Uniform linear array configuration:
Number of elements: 8
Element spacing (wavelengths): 1
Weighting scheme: hamming
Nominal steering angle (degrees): -30
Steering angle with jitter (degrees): -30.777
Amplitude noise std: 0.05
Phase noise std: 0.05

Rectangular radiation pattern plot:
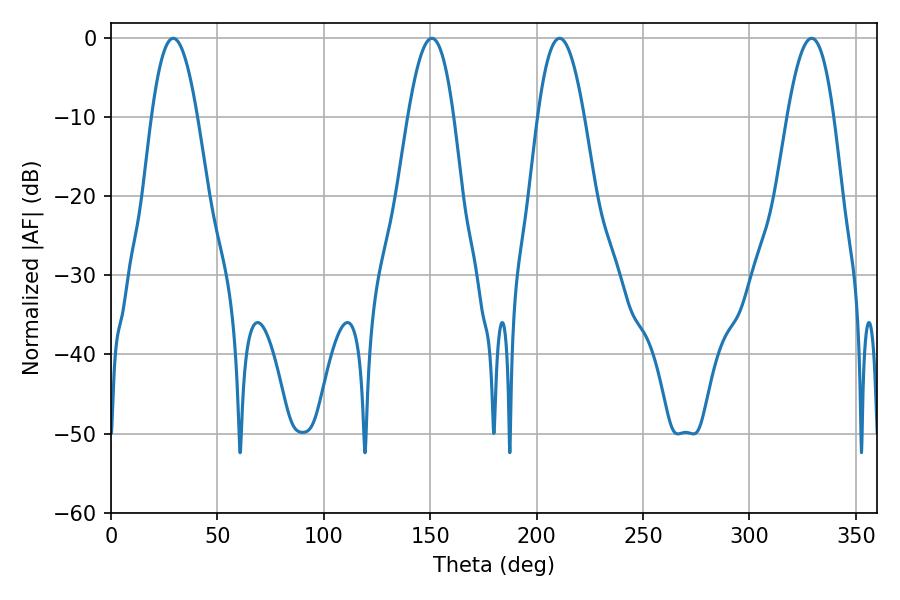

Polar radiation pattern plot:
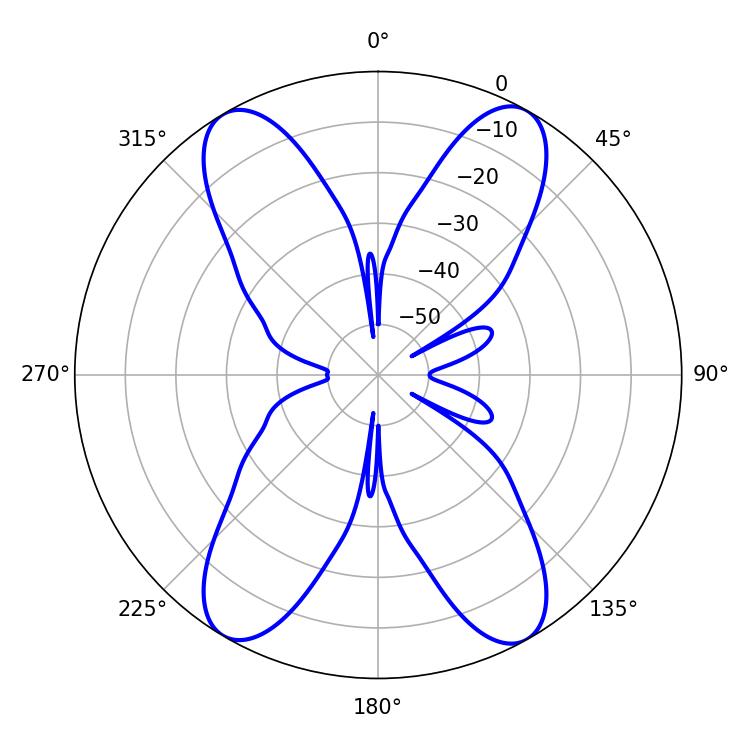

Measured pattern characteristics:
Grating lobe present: TRUE
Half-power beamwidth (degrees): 11.88
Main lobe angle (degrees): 210.78